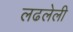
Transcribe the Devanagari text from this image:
लढलेली